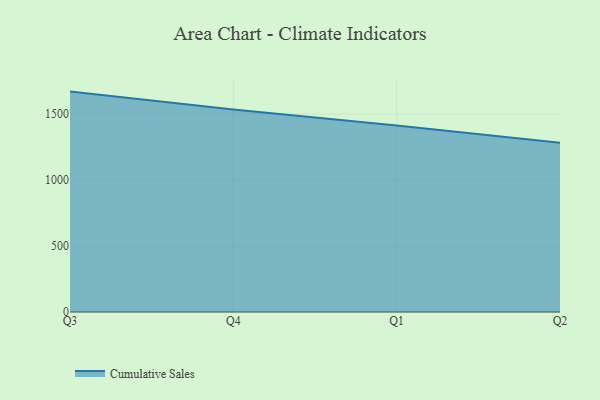
{"axis": {"x": "Quarter", "y": "Churn Rate (%)"}, "legend": ["Cumulative Sales"], "data": [{"x": "Q3", "y": 1669.5, "type": "Cumulative Sales"}, {"x": "Q4", "y": 1533.7, "type": "Cumulative Sales"}, {"x": "Q1", "y": 1413.1, "type": "Cumulative Sales"}, {"x": "Q2", "y": 1282.4, "type": "Cumulative Sales"}]}